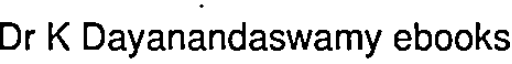
Dr K Dayanandaswamy ebooks